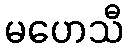
မဟေသီ